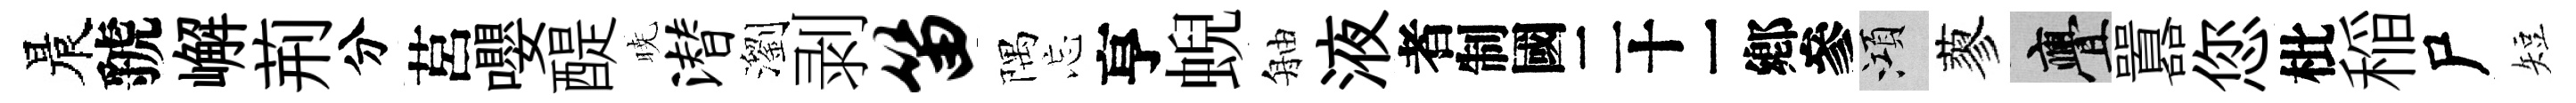
晨虢嶰荊分莒嚶醍暁潜瀏剥笛隅忘亨蜺舳液识澒蓼亹囂您枇稲尸短